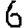
Digit: 6